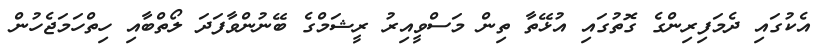
އެކުގައި ދެމަފިރިންގެ ގޮތުގައި އުޅޭތާ ތިން މަސްވީއިރު ރީޝަމްގެ ބޭނުންވާފަދަ ލޯތްބާއި ހިތްހަމަޖެހުން